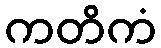
ကတိကံ